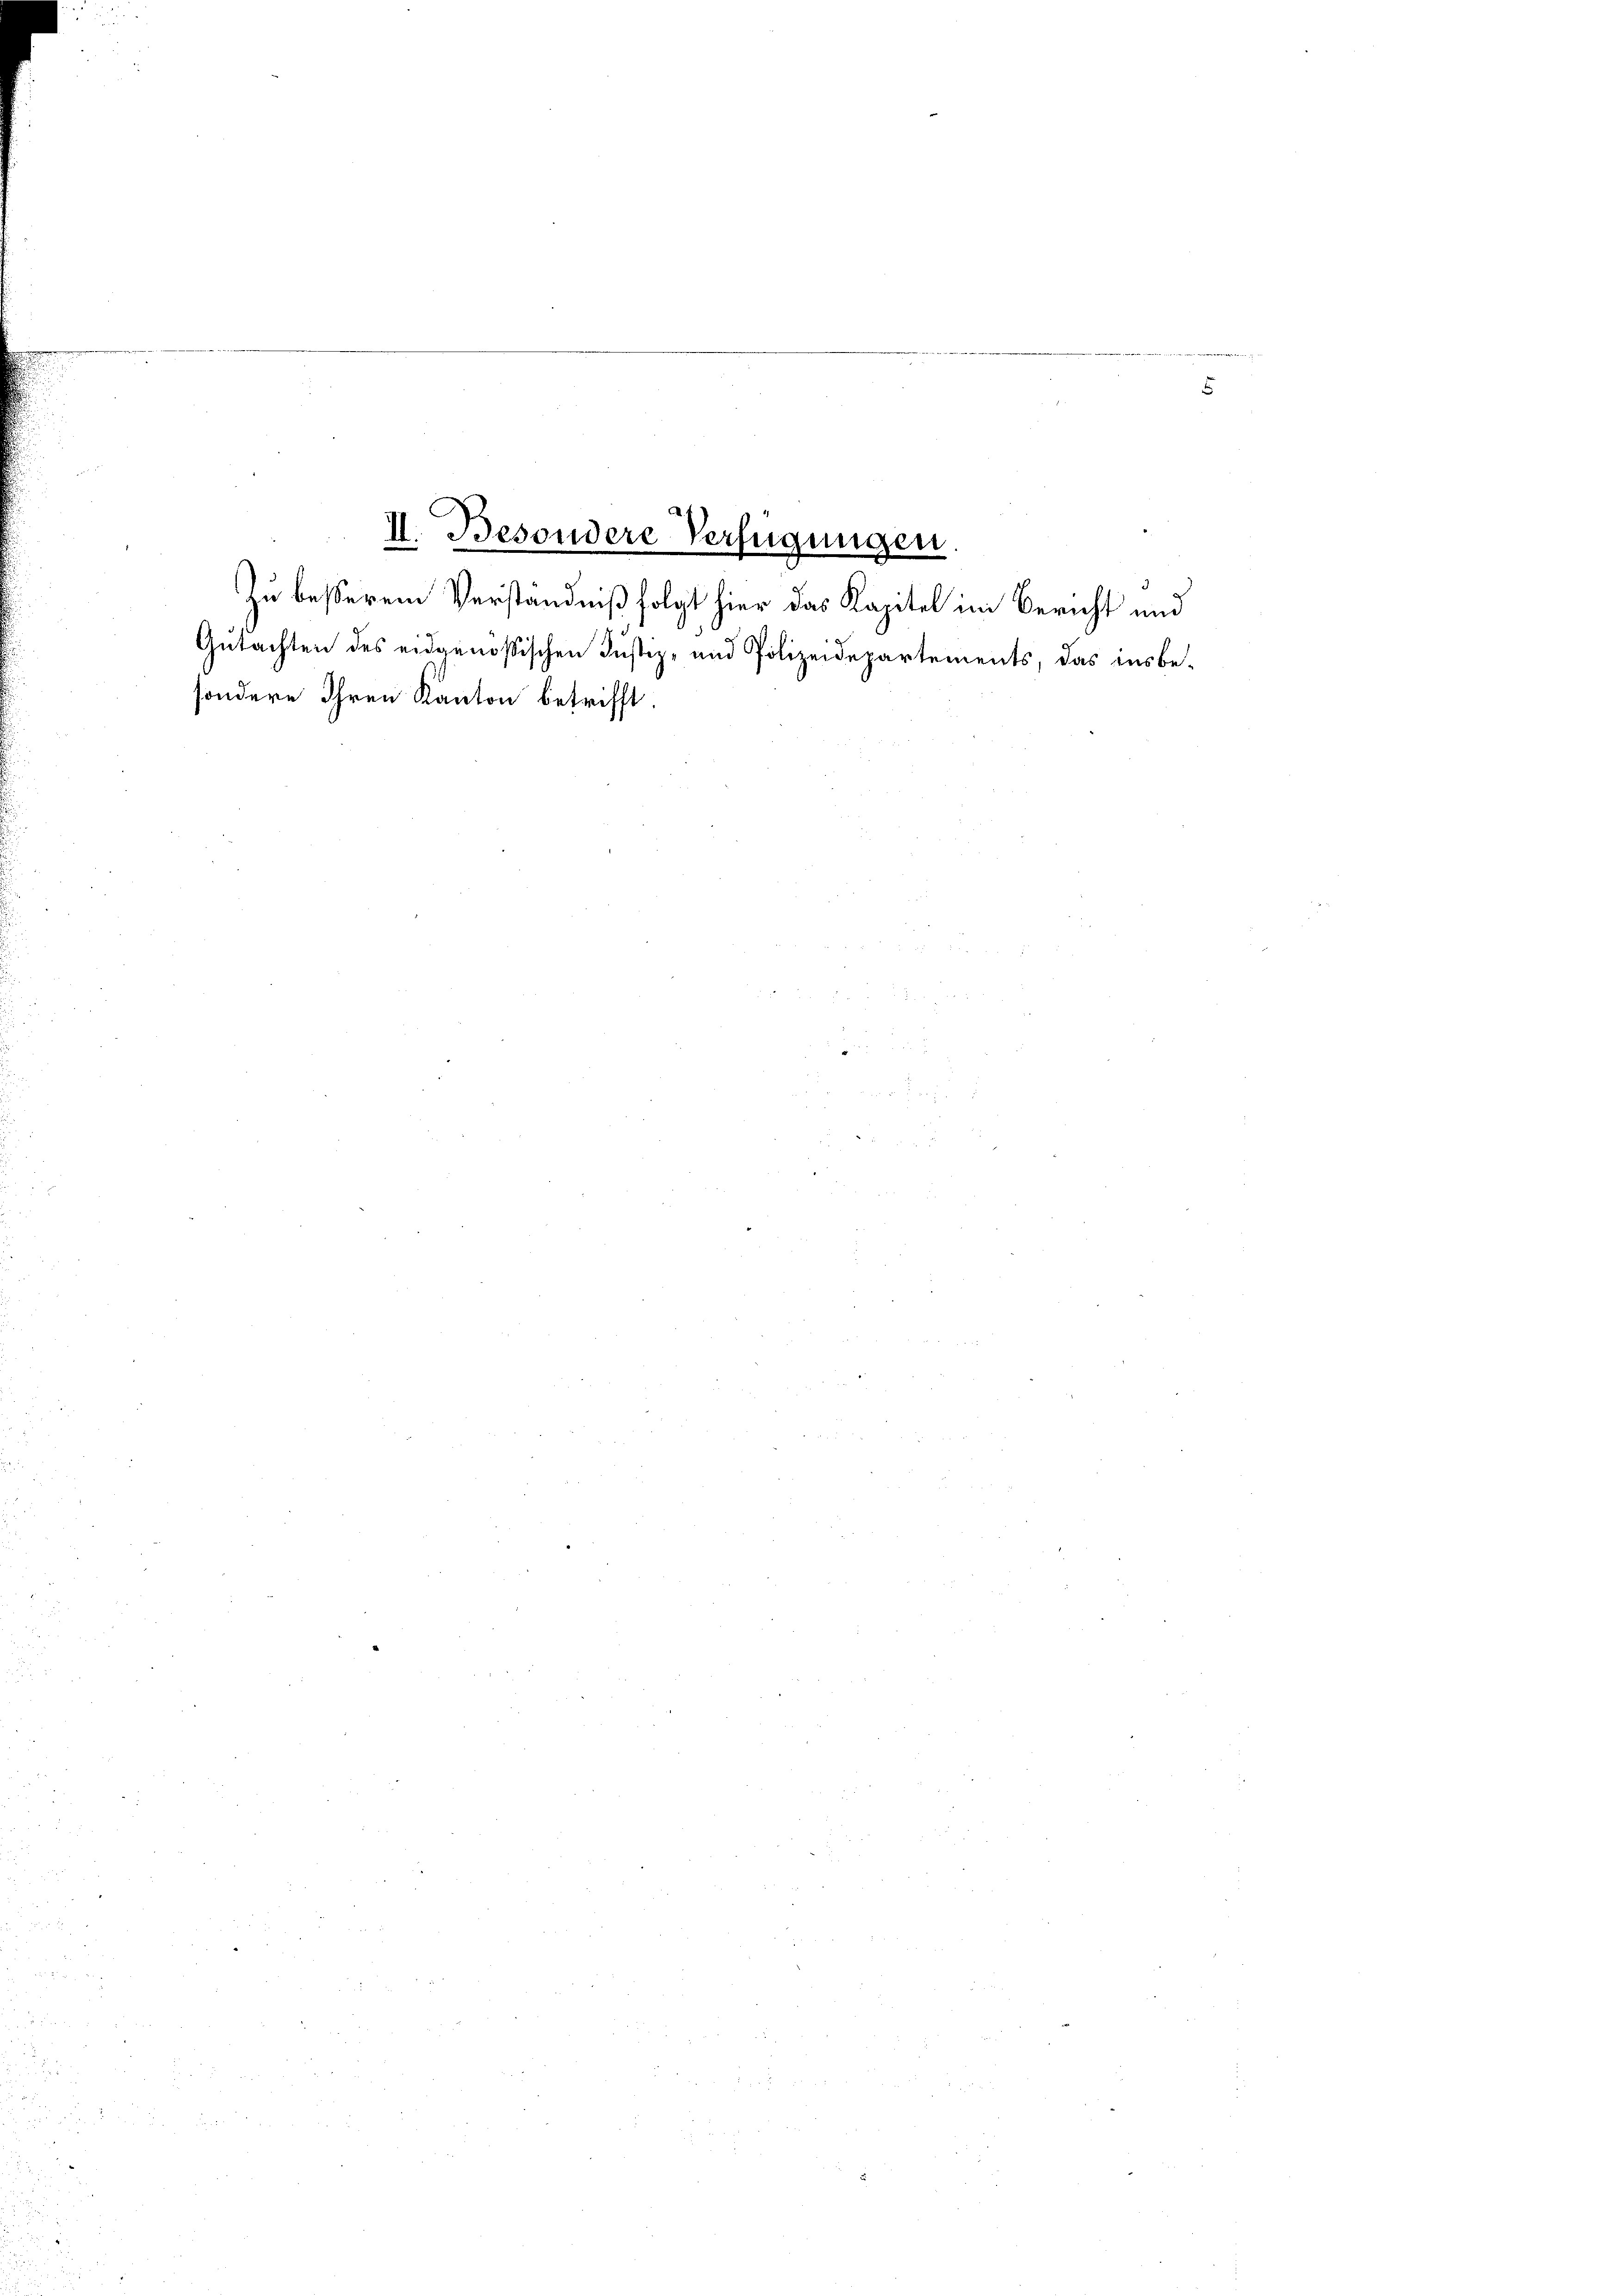
Gutachten des eidgenößischen Justiz- und Polizeidepartements, das insbe-
sondere Ihren Kanton betrifft.

II. Besondere Verfügungen
Zu besserem Verständniß folgt hier das Kapitel im Bericht und

5